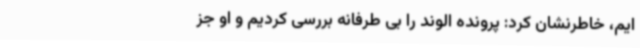
ایم، خاطرنشان کرد: پرونده الوند را بی طرفانه بررسی کردیم و او جز